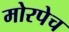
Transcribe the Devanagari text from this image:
मोरपेच